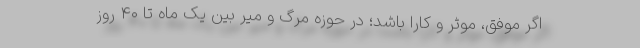
اگر موفق، موثر و کارا باشد؛ در حوزه مرگ و میر بین یک ماه تا ۴۰ روز